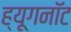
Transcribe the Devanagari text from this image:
ह्यूगनॉट